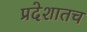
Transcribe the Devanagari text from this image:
प्रदेशातच